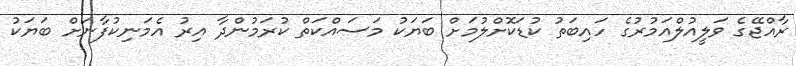
ރާއްޖޭގެ ވަލީއުލްއަމުރުގެ ހައިބަތު ކުޑަކޮށްލުމަށް ބަޔަކު މަސައްކަތް ކުރަމުންދާ އިރު އެމަނިކުފާނަށް ބަޔަކު